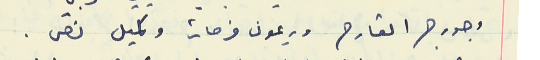
وجورج القارح وريمون فرحات وكميل نصر .